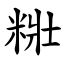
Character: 䊋